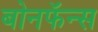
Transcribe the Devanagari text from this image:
बोनफॅन्स